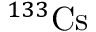
^ { 1 3 3 } \mathrm { C s }